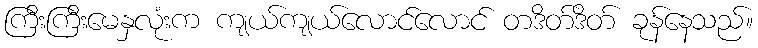
ကြီးကြီးမေနှလုံးက ကျယ်ကျယ်လောင်လောင် တဒိတ်ဒိတ် ခုန်နေသည်။